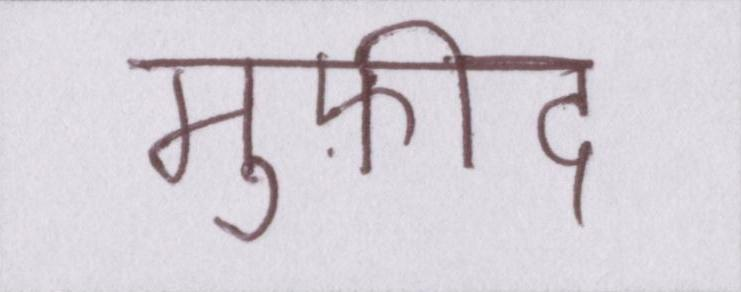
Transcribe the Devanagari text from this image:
मुफ़ीद